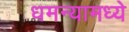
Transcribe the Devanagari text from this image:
धमन्यामध्ये